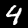
Label: 4